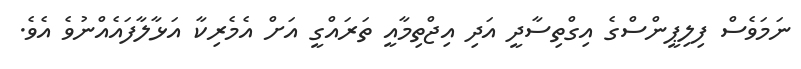
ނަމަވެސް ފިލިޕީންސްގެ އިގްތިސާދީ އަދި އިޖްތިމާއީ ތަރައްގީ އަށް އެމެރިކާ އަޅާލާފައެއްނުވެ އެވެ.